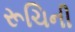
રૂચિની